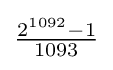
{\tfrac {2^{1092}-1}{1093}}